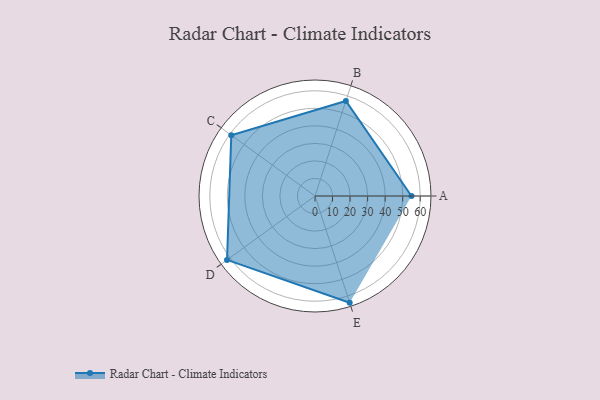
{"axis": {"x": "Skill", "y": "Score"}, "legend": ["Profile"], "data": [{"x": "A", "y": 55.0, "type": "Profile"}, {"x": "B", "y": 57.0, "type": "Profile"}, {"x": "C", "y": 59.0, "type": "Profile"}, {"x": "D", "y": 62.0, "type": "Profile"}, {"x": "E", "y": 64.0, "type": "Profile"}]}